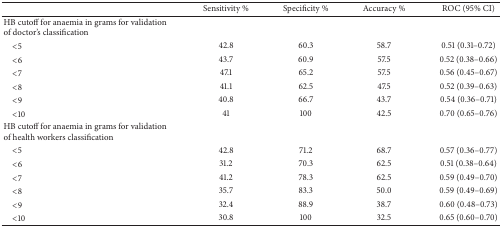
<table><thead><tr><td><b> </b></td><td><b>Sensitivity %</b></td><td><b>Specificity %</b></td><td><b>Accuracy %</b></td><td><b>ROC (95% CI)</b></td></tr></thead><tbody><tr><td>HB cutoff for anaemia in grams for validation of doctor&#x27;s classification</td><td> </td><td> </td><td> </td><td> </td></tr><tr><td> &lt;5</td><td>42.8</td><td>60.3</td><td>58.7</td><td>0.51 (0.31–0.72)</td></tr><tr><td> &lt;6</td><td>43.7</td><td>60.9</td><td>57.5</td><td>0.52 (0.38–0.66)</td></tr><tr><td> &lt;7</td><td>47.1</td><td>65.2</td><td>57.5</td><td>0.56 (0.45–0.67)</td></tr><tr><td> &lt;8</td><td>41.1</td><td>62.5</td><td>47.5</td><td>0.52 (0.39–0.63)</td></tr><tr><td> &lt;9</td><td>40.8</td><td>66.7</td><td>43.7</td><td>0.54 (0.36–0.71)</td></tr><tr><td> &lt;10</td><td>41</td><td>100</td><td>42.5</td><td>0.70 (0.65–0.76)</td></tr><tr><td>HB cutoff for anaemia in grams for validation of health workers classification</td><td> </td><td> </td><td> </td><td> </td></tr><tr><td> &lt;5</td><td>42.8</td><td>71.2</td><td>68.7</td><td>0.57 (0.36–0.77)</td></tr><tr><td> &lt;6</td><td>31.2</td><td>70.3</td><td>62.5</td><td>0.51 (0.38–0.64)</td></tr><tr><td> &lt;7</td><td>41.2</td><td>78.3</td><td>62.5</td><td>0.59 (0.49–0.70)</td></tr><tr><td> &lt;8</td><td>35.7</td><td>83.3</td><td>50.0</td><td>0.59 (0.49–0.69)</td></tr><tr><td> &lt;9</td><td>32.4</td><td>88.9</td><td>38.7</td><td>0.60 (0.48–0.73)</td></tr><tr><td> &lt;10</td><td>30.8</td><td>100</td><td>32.5</td><td>0.65 (0.60–0.70)</td></tr></tbody></table>